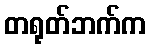
တရုတ်ဘက်က